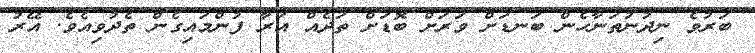
ބަރުވެ ނިދުނުތަނާހެން ބަނޑަށް ވަރަށް ބޮޑަށް ތަދެއް އަރާ ފުންމައިގެން ތެދުވިއެވެ. އޭރު